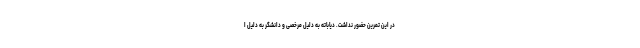
در این تمرین حضور نداشت. دیاباته به دلیل مرخصی و دانشگر به دلیل ا